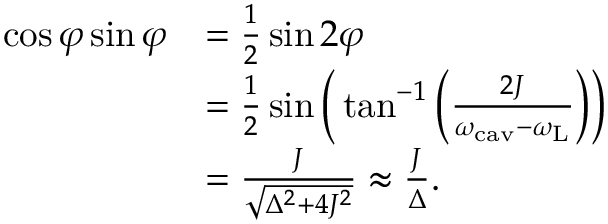
\begin{array} { r l } { \cos \varphi \sin \varphi } & { = \frac { 1 } { 2 } \sin 2 \varphi } \\ & { = \frac { 1 } { 2 } \sin \bigg ( \tan ^ { - 1 } \bigg ( \frac { 2 J } { \omega _ { \mathrm { c a v } } - \omega _ { \mathrm { L } } } \bigg ) \bigg ) } \\ & { = \frac { J } { \sqrt { \Delta ^ { 2 } + 4 J ^ { 2 } } } \approx \frac { J } { \Delta } . } \end{array}